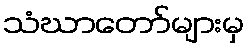
သံဃာတော်များမှ